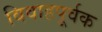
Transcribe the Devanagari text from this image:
विवाहपूर्वक